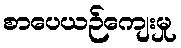
စာပေယဉ်ကျေးမှု